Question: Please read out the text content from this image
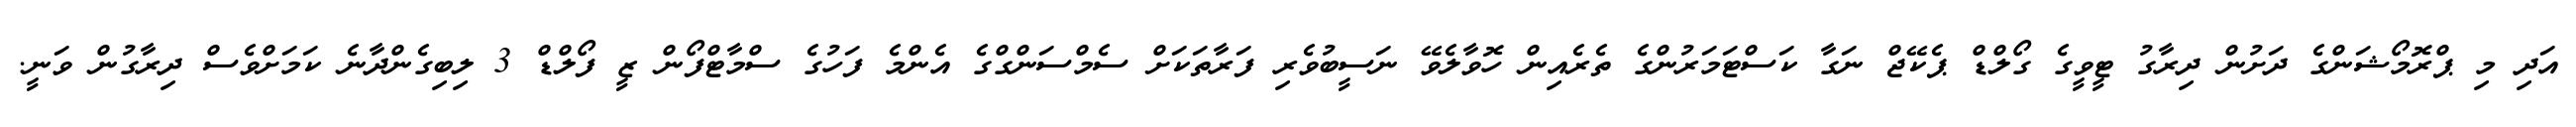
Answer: އަދި މި ޕްރޮމޯޝަންގެ ދަށުން ދިރާގު ޓީވީގެ ގޯލްޑް ޕެކޭޖް ނަގާ ކަސްޓަމަރުންގެ ތެރެއިން ހޮވާލެވޭ ނަސީބުވެރި ފަރާތަކަށް ސެމްސަންގްގެ އެންމެ ފަހުގެ ސްމާޓްފޯން ޒީ ފޯލްޑް 3 ލިބިގެންދާނެ ކަމަށްވެސް ދިރާގުން ވަނީ.